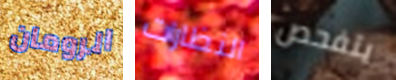
الرومان النظارات يتفحص